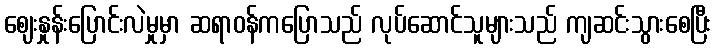
ဈေးနှုန်းပြောင်းလဲမှုမှာ ဆရာဝန်ကပြောသည် လုပ်ဆောင်သူများသည် ကျဆင်းသွားစေပြီး